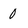
Character: 0